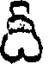
ది